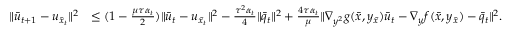
\begin{array} { r l } { \| \bar { u } _ { t + 1 } - u _ { \bar { x } _ { t } } \| ^ { 2 } } & { \leq ( 1 - \frac { \mu \tau \alpha _ { t } } { 2 } ) \| \bar { u } _ { t } - u _ { \bar { x } _ { t } } \| ^ { 2 } - \frac { \tau ^ { 2 } \alpha _ { t } } { 4 } \| \bar { q } _ { t } \| ^ { 2 } + \frac { 4 \tau \alpha _ { t } } { \mu } \| \nabla _ { y ^ { 2 } } g ( \bar { x } , y _ { \bar { x } } ) \bar { u } _ { t } - \nabla _ { y } f ( \bar { x } , y _ { \bar { x } } ) - \bar { q } _ { t } \| ^ { 2 } . } \end{array}